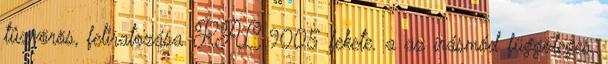
tûzvörös, feliratozása RAL 9005 fekete. a az írásmód függõleges,